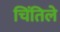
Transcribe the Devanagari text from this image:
चिंतिले